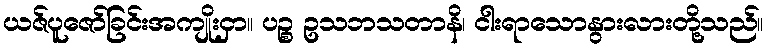
ယဇ်ပူဇော်ခြင်းအကျိုးငှာ။ ပဉ္စ ဥသဘသတာနိ၊ ငါးရာသောနွားလားတို့သည်။